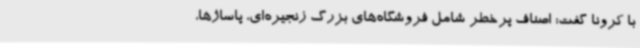
با کرونا گفت: اصناف پرخطر شامل فروشگاه‌های بزرگ زنجیره‌ای، پاساژها،